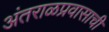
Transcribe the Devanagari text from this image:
अंतराळप्रवासाची